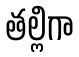
తల్లిగా